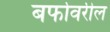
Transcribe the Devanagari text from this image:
बर्फावरील